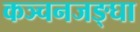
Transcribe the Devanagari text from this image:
कञ्चनजङ्घा